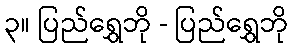
၃။ ပြည်ရွှေဘို - ပြည်ရွှေဘို